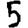
Digit: 5